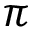
\pi